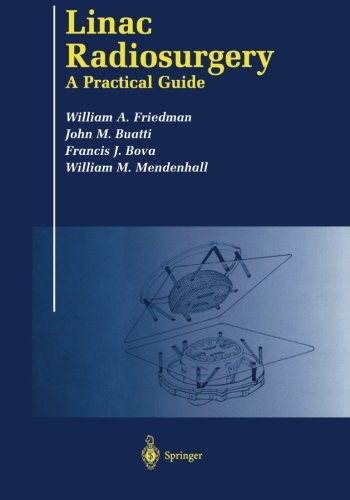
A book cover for Linac Radiosurgery: A Practical Guide; William A. Friedman; Medical Books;